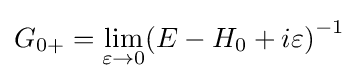
{G_{0+}}={\lim _{\varepsilon \to 0}}{\left({E-{H_{0}}+i\varepsilon }\right)^{-1}}